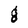
Character: g